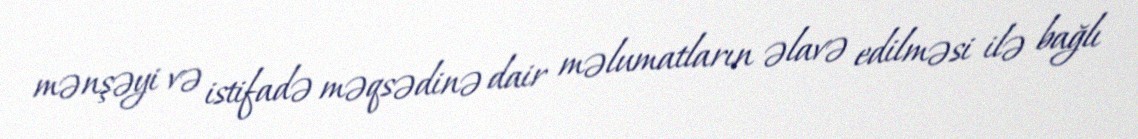
mənşəyi və istifadə məqsədinə dair məlumatların əlavə edilməsi ilə bağlı